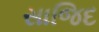
સાજિદ